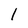
Character: 1